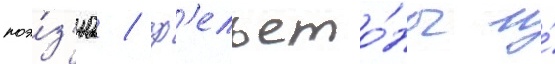
поэ́з'иа / ф'ельето́ны и́